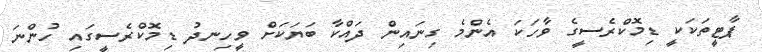
ޕާޓީތަކަކީ ޑިމޮކްރެސީގެ ވާހަކަ އެންމެ ގިނައިން ދައްކާ ބަޔަކަށް ވީހިނދު ޑިމޮކްރެސީގައި ހުންނަ